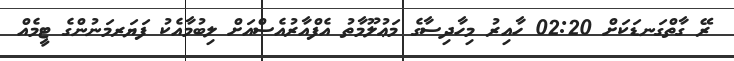
ރޭ ގާތްގަނޑަކަށް 02:20 ހާއިރު މިހާދިސާގެ މަޢުލޫމާތު އެފްއާރުއެސްއަށް ލިބުމާއެކު ފަޔަރމަނުންގެ ޓީމެއް